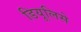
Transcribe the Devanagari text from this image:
डियूलिसे